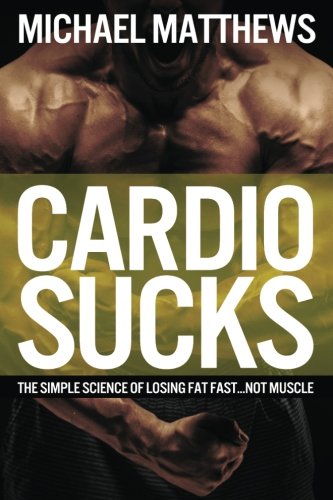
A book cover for Cardio Sucks!:The Simple Science of Burning Fat Fast and Getting in Shape (The Build Healthy Muscle Series); Michael Matthews; Health, Fitness & Dieting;